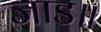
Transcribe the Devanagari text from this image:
जाड॥